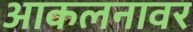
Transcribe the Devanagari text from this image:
आकलनावर